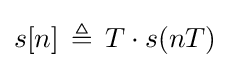
s[n]\,\triangleq \,T\cdot s(nT)